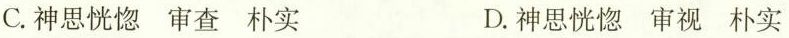
C.神思恍惚 审查 朴实 D.神思恍惚 审视 朴实